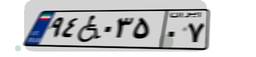
۹۴W۰۳۵۰۷